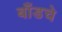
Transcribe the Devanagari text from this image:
बाँडचे